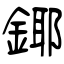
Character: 鎁